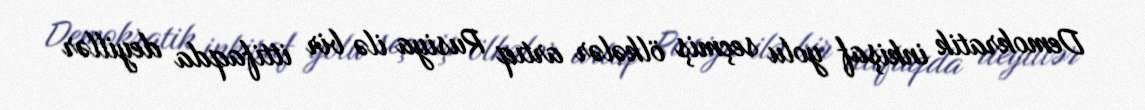
Demokratik inkişaf yolu seçmiş ölkələr artıq Rusiya ilə bir ittifaqda deyillər